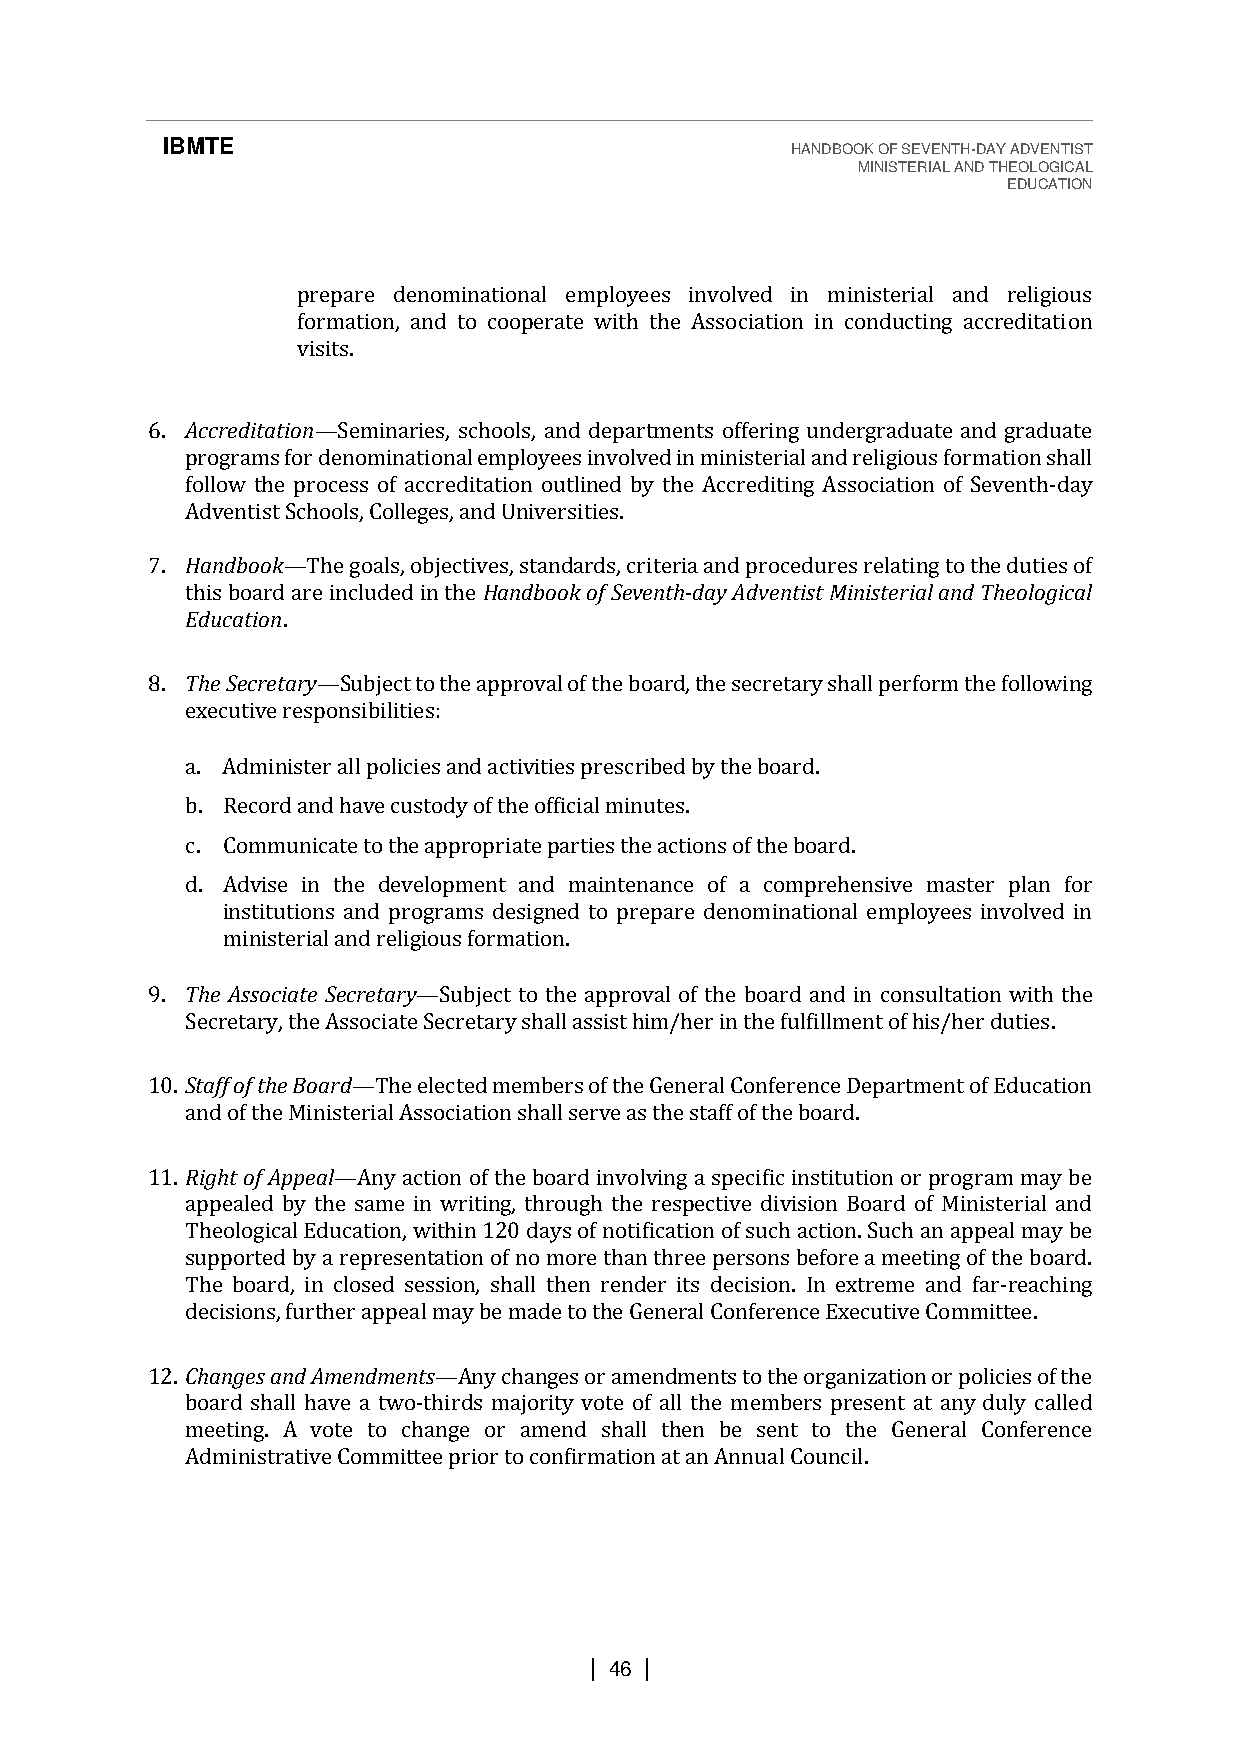
IBMTE                                    HANDBOOK OF SEVENTH-DAY ADVENTIST
 MINISTERIAL AND THEOLOGICAL
 EDUCATION
 prepare denominational employees involved in ministerial and religious
 formation, and to cooperate with the Association in conducting accreditation
 visits.
 6. Accreditation—Seminaries, schools, and departments offering undergraduate and graduate
 programs for denominational employees involved in ministerial and religious formation shall
 follow the process of accreditation outlined by the Accrediting Association of Seventh-day
 Adventist Schools, Colleges, and Universities.
 7. Handbook—The goals, objectives, standards, criteria and procedures relating to the duties of
 this board are included in the Handbook of Seventh-day Adventist Ministerial and Theological
 Education.
 8. The Secretary—Subject to the approval of the board, the secretary shall perform the following
 executive responsibilities:
 a. Administer all policies and activities prescribed by the board.
 b. Record and have custody of the official minutes.
 c. Communicate to the appropriate parties the actions of the board.
 d. Advise in the development and maintenance of a comprehensive master plan for
 institutions and programs designed to prepare denominational employees involved in
 ministerial and religious formation.
 9. The Associate Secretary—Subject to the approval of the board and in consultation with the
 Secretary, the Associate Secretary shall assist him/her in the fulfillment of his/her duties.
 10. Staff of the Board—The elected members of the General Conference Department of Education
 and of the Ministerial Association shall serve as the staff of the board.
 11. Right of Appeal—Any action of the board involving a specific institution or program may be
 appealed by the same in writing, through the respective division Board of Ministerial and
 Theological Education, within 120 days of notification of such action. Such an appeal may be
 supported by a representation of no more than three persons before a meeting of the board.
 The board, in closed session, shall then render its decision. In extreme and far-reaching
 decisions, further appeal may be made to the General Conference Executive Committee.
 12. Changes and Amendments—Any changes or amendments to the organization or policies of the
 board shall have a two-thirds majority vote of all the members present at any duly called
 meeting. A vote to change or amend shall then be sent to the General Conference
 Administrative Committee prior to confirmation at an Annual Council.
 | 46 |